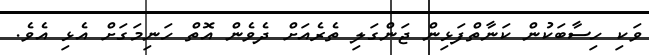
ވަކި ހިސާބަކުން ކަނާތްފަޅިން ޖަންގަލި ތެރެއަށް ދެވެން އޮތް ހަނިމަގަށް އެޅި އެވެ.